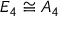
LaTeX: E _ { 4 } \cong A _ { 4 }